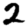
Digit: 2